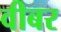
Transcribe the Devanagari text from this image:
वीबर